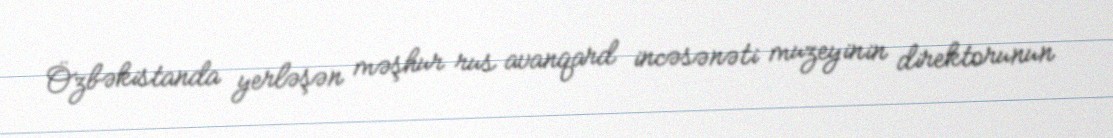
Özbəkistanda yerləşən məşhur rus avanqard incəsənəti muzeyinin direktorunun